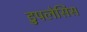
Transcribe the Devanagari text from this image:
डुपलेसिस